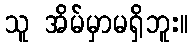
သူ အိမ်မှာမရှိဘူး။